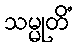
သမ္မုတိံ